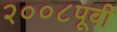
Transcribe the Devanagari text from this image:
२००८पूर्वी